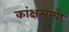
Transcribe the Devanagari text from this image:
कांक्षत्यन्यो